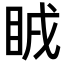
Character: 𥅜